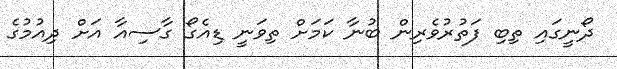
ދޯނީގައި ތިބި ފަތުރުވެރިން ބުނާ ކަމަށް ތިވަނީ ޑިއެގޯ ގާސިއާ އަށް ދިއުމުގެ